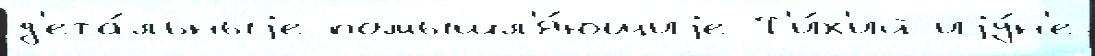
д'ета́льныjе помышл'я́ющиjе Т'и́х'ий иjу́н'е